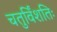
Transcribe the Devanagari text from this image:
चतुर्विंशतिः